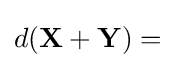
d(\mathbf {X} +\mathbf {Y} )=